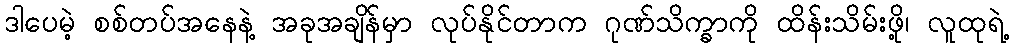
ဒါပေမဲ့ စစ်တပ်အနေနဲ့ အခုအချိန်မှာ လုပ်နိုင်တာက ဂုဏ်သိက္ခာကို ထိန်းသိမ်းဖို့၊ လူထုရဲ့